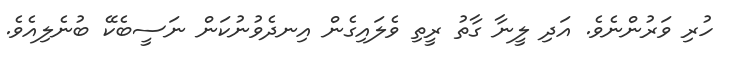
ހުރި ވަރުންނެވެ. އަދި ލީނާ ގާތު ރީތި ވެލައިގެން އިނދެވުނުކަން ނަސީބެކޭ ބުނެލިއެވެ.